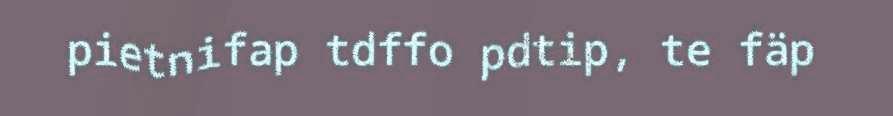
pietnifap tdffo pdtip, te fäp